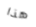
هذا